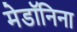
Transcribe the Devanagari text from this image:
मेडॉनिना